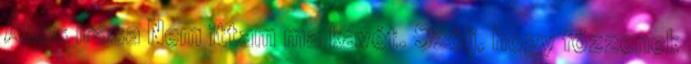
Ákos írása Nem ittam ma kávét. Szólj, hogy főzzenek